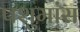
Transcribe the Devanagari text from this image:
पशुमांस